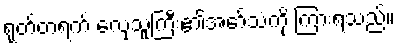
ရုတ်တရက် လှေသူကြီး၏အော်သံကို ကြားရသည်။